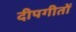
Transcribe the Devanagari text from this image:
दीपगीतों